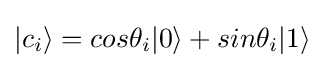
{\textstyle \vert c_{i}\rangle =cos\theta _{i}\vert 0\rangle +sin\theta _{i}\vert 1\rangle }